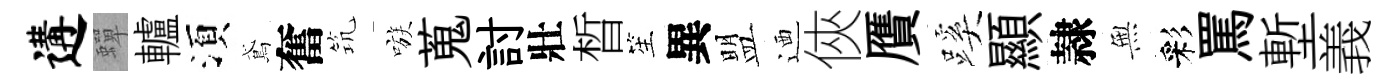
遘蟬轤湏鳶奮𥬑嗾蒐討壯晳笙異盟迺俠贋蹊顯隷𭴾彩罵塹義